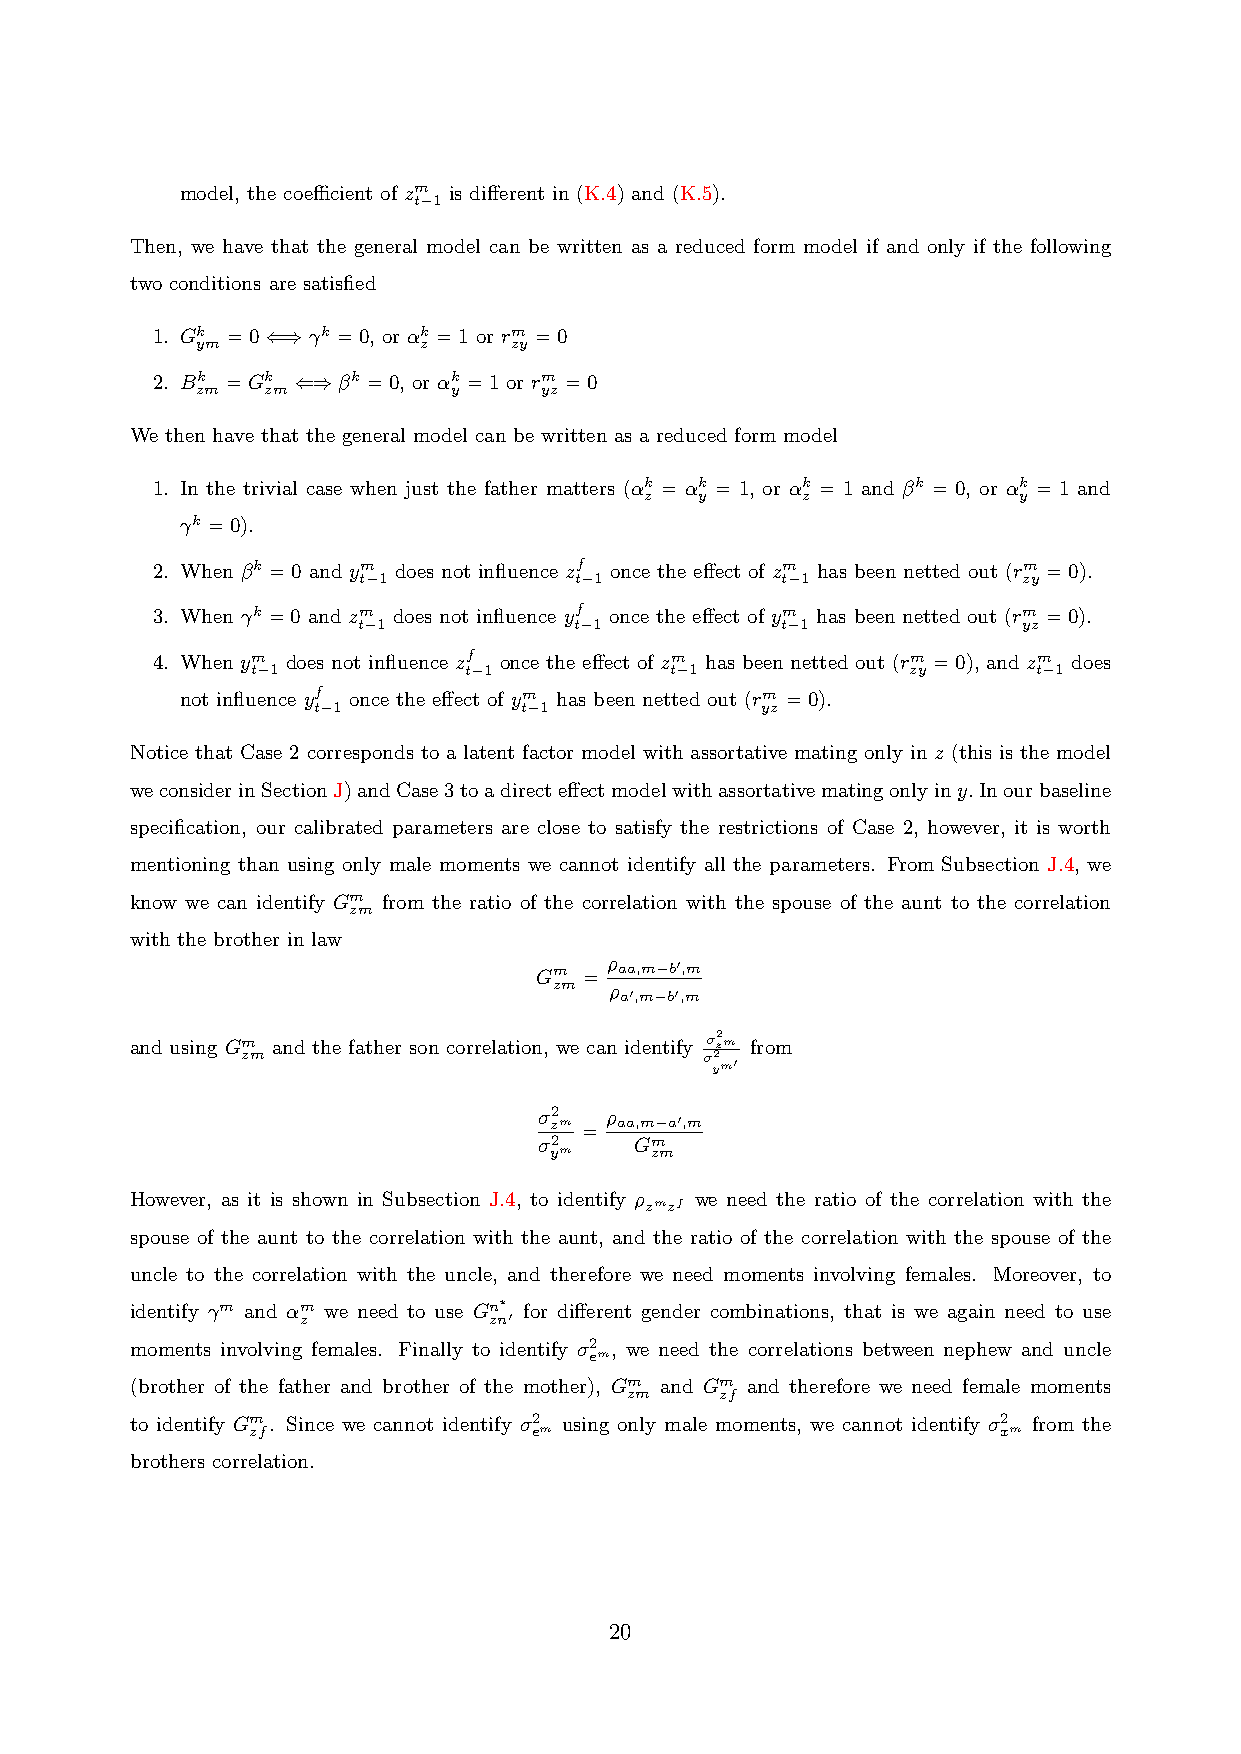
model, the coecient of zm is di↵erent in (K.4) and (K.5).
 t 1

 Then, we have that the general model can be written as a reduced form model if and only if the following
 two conditions are satisfied
 1. Gk =0  k =0, or ↵k =1 or rm =0
 ym   ()        z     zy
 2. Bk =Gk   k =0, or ↵k =1 or rm =0
 zm  zm ()        y     yz
 We then have that the general model can be written as a reduced form model
 1. In the trivial case when just the father matters (↵k = ↵k = 1, or ↵k = 1 and k = 0, or ↵k = 1 and
 z  y      z             y
 k =0).
 2. When k =0 and ym does not influence zf once the e↵ect of zm has been netted out (rm =0).
 t 1           t 1           t 1             zy

 3. When k =0 and zm does not influence yf once the e↵ect of ym has been netted out (rm =0).
 t 1           t 1           t 1             yz

 4. When ym does not influence zf once the e↵ect of zm has been netted out (rm =0), and zm does
 t 1           t 1          t 1             zy       t 1

 not influence yf once the e↵ect of ym has been netted out (rm =0).
 t 1          t 1             yz

 Notice that Case 2 corresponds to a latent factor model with assortative mating only in z (this is the model
 weconsiderinSectionJ)andCase3toadirecte↵ectmodelwithassortativematingonlyiny.Inourbaseline
 specification, our calibrated parameters are close to satisfy the restrictions of Case 2, however, it is worth
 mentioning than using only male moments we cannot identify all the parameters. From Subsection J.4, we
 know we can identify Gm from the ratio of the correlation with the spouse of the aunt to the correlation
 zm
 with the brother in law
 ⇢
 Gm
 zm
 = ⇢aa,m b0,m
 a0,m b0,m
 and using Gm and the father son correlation, we can identify  z2 m from
 zm                            2
 ym0
 2  ⇢
 zm = aa,m a0,m
 2    Gm
 ym     zm
 However, as it is shown in Subsection J.4, to identify ⇢ we need the ratio of the correlation with the
 zmzf
 spouse of the aunt to the correlation with the aunt, and the ratio of the correlation with the spouse of the
 uncle to the correlation with the uncle, and therefore we need moments involving females. Moreover, to
 identify m and ↵m we need to use Gn⇤ for di↵erent gender combinations, that is we again need to use
 z           zn0
 moments involving females. Finally to identify 2 , we need the correlations between nephew and uncle
 em
 (brother of the father and brother of the mother), Gm and Gm and therefore we need female moments
 zm     zf
 to identify Gm. Since we cannot identify 2 using only male moments, we cannot identify 2 from the
 zf                em                             xm
 brothers correlation.
 20